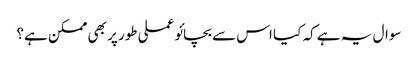
سوال یہ ہے کہ کیا اس سے بچائو عملی طور پر بھی ممکن ہے؟